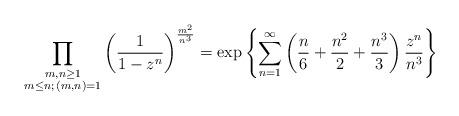
LaTeX: \begin{align*} \prod_{\substack{m,n \geq 1 \\ m \leq n ; \, (m,n)=1}} \left( \frac{1}{1-z^n} \right)^{\frac{m^2 }{n^3}} = \exp\left\{ \sum_{n=1}^{\infty} \left( \frac{n}{6} + \frac{n^2}{2} + \frac{n^3}{3} \right) \frac{z^n}{n^3} \right\}\end{align*}